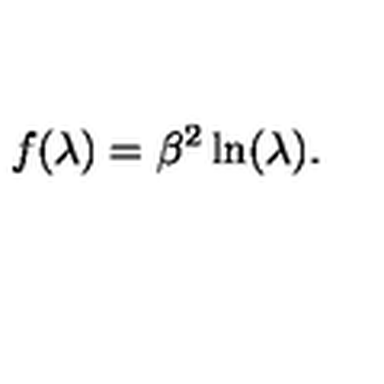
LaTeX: f ( \lambda ) = \beta ^ { 2 } \ln ( \lambda ) .